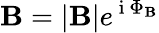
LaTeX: \mathbf{B}=|\mathbf{B}|e^{\mathrm{{~i~}}\Phi_{\mathbf{B}}}